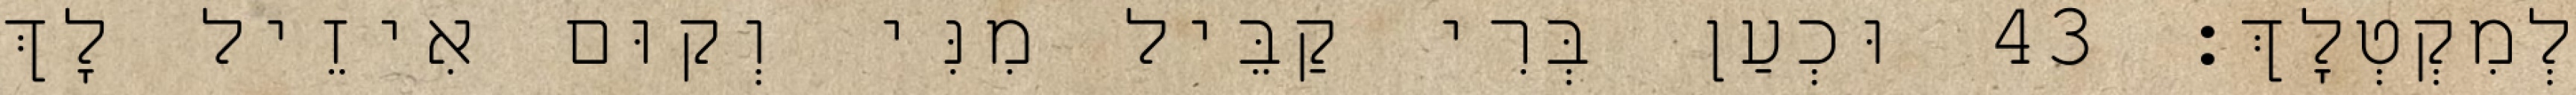
לְמִקְטְלָךְ׃ 43 וּכְעַן בְּרִי קַבֵּיל מִנִּי וְקוּם אִיזֵיל לָךְ